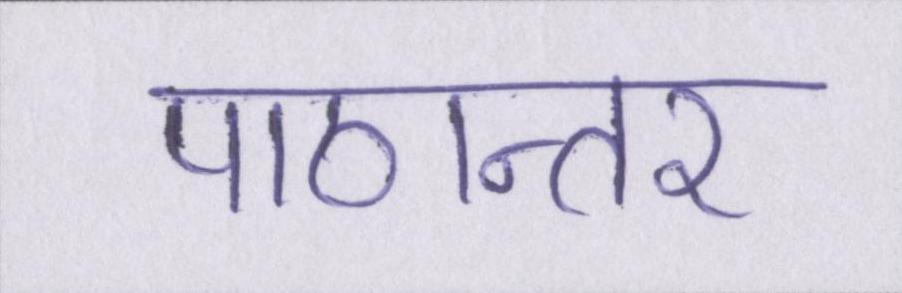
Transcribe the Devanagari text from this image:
पाठान्तर